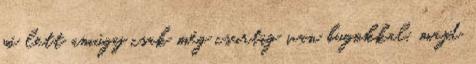
jó lett amúgy csak még csurtig van bugokkal. majd